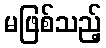
မဖြစ်သည့်